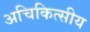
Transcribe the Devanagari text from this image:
अचिकित्सीय